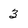
Character: 3